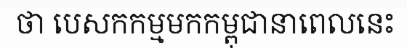
ថា បេសកកម្មមកកម្ពុជានាពេលនេះ